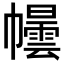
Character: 𪩿